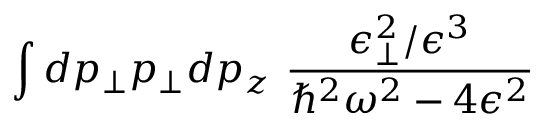
\int d p _ { \bot } p _ { \bot } d p _ { z } \ \frac { \epsilon _ { \bot } ^ { 2 } / \epsilon ^ { 3 } } { \hbar ^ { 2 } \omega ^ { 2 } - 4 \epsilon ^ { 2 } }